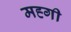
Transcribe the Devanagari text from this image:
मह्गी